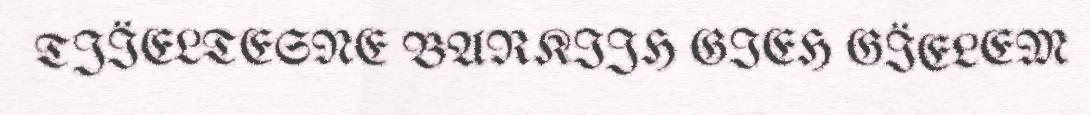
TJÏELTESNE BARKIJH GIEH GÏELEM